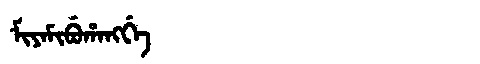
Manchu: ᠮᡳᠶᠠᠮᡳᠪᡠᡥᠠᠩᡤᡝ
Romanization: MIYAMIBUHANGGE